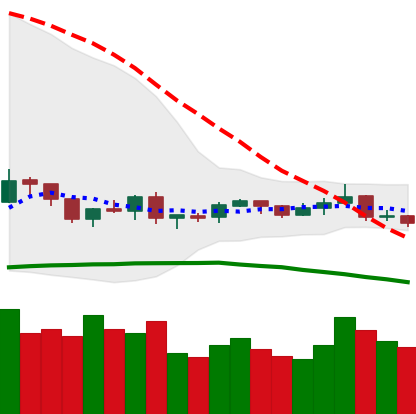
Ticker: XRP-USD
Chart end date: 2019-08-08
Forward return: -3.582%
Label: down_3_5